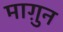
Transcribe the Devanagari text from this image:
माग़ुन